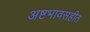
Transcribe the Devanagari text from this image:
अष्टभावसहीत